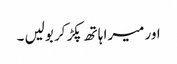
اور میرا ہاتھ پکڑ کر بولیں ۔